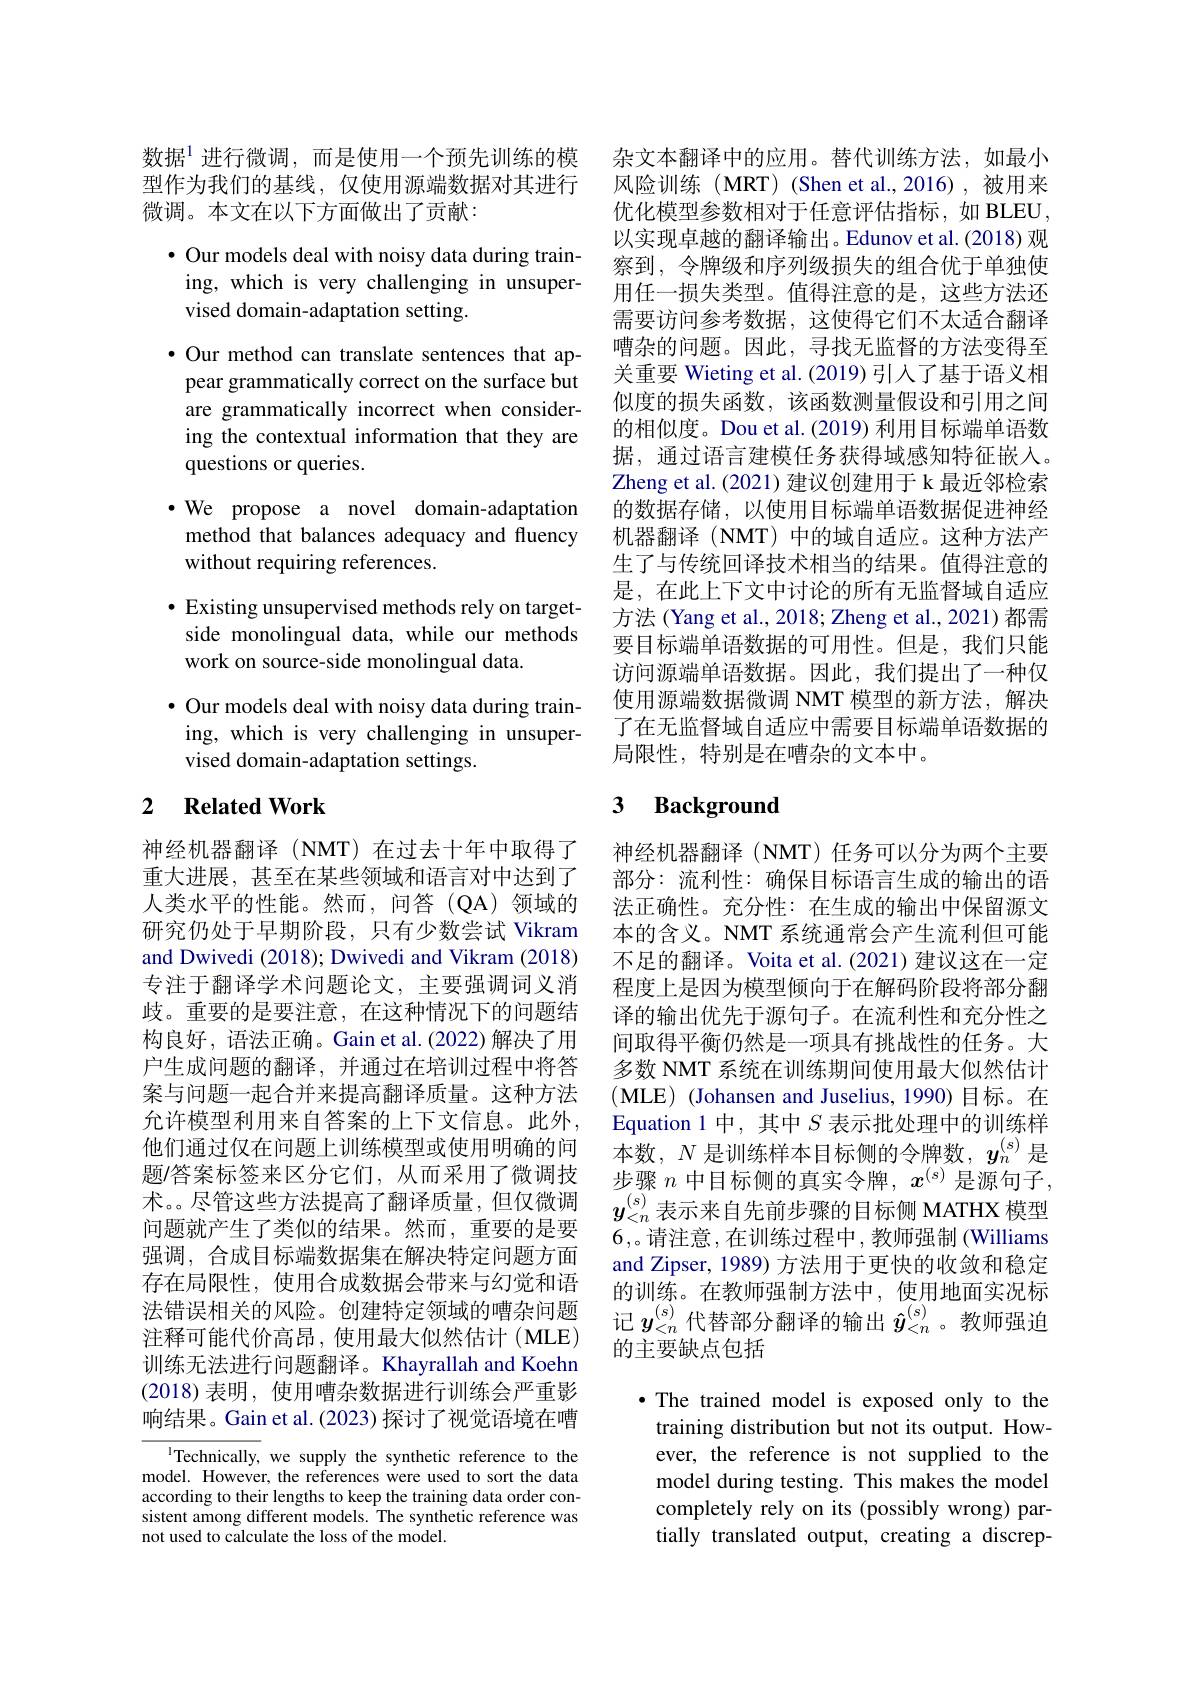
数据$^{1}$进行微调，而是使用一个预先训练的模 杂文本翻译中的应用。替代训练方法，如最小
型作为我们的基线，仅使用源端数据对其进行
微调。本文在以下方面做出了贡献：

$\bullet$ Our models deal with noisy data during training, which is very challenging in unsupervised domain-adaptation setting.

$\bullet$ Our method can translate sentences that appear grammatically correct on the surface but are grammatically incorrect when considering the contextual information that they are questions or queries.
·We propose a novel domain-adaptation
method that balances adequacy and fluency
without requiring references
$\bullet$ Existing unsupervised methods rely on target-
side monolingual data, while our methods
work on source-side monolingual data.
$\bullet$ Our models deal with noisy data during train-
ing, which is very challenging in unsuper-
vised domain-adaptation settings.

### 2 $\textbf{Related Work}$

神经机器翻译 (NMT)在过去十年中取得了重大进展，甚至在某些领域和语言对中达到了人类水平的性能。然而，问答(QA)领域的研究仍处于早期阶段，只有少数尝试 Vikram and Dwivedi (2018); Dwivedi and Vikram (2018) 专注于翻译学术问题论文，主要强调词义消歧。重要的是要注意，在这种情况下的问题结构良好，语法正确。Gain et al.(2022) 解决了用户生成问题的翻译，并通过在培训过程中将答案与问题一起合并来提高翻译质量。这种方法允许模型利用来自答案的上下文信息。此外， 他们通过仅在问题上训练模型或使用明确的问题/答案标签来区分它们，从而采用了微调技术。。尽管这些方法提高了翻译质量，但仅微调问题就产生了类似的结果。然而，重要的是要强调，合成目标端数据集在解决特定问题方面存在局限性，使用合成数据会带来与幻觉和语法错误相关的风险。创建特定领域的嘈杂问题注释可能代价高昂，使用最大似然估计(MLE) 训练无法进行问题翻译。Khayrallah and Koehn (2018)表明，使用嘈杂数据进行训练会严重影响结果。Gain et al.(2023) 探讨了视觉语境在嘈

ITechnically, we supply the synthetic reference to the model. However, the references were used to sort the data according to their lengths to keep the training data order consistent among different models. The synthetic reference was not used to calculate the loss of the model.

风险训练(MRT)(Shen et al.,2016),被用来优化模型参数相对于任意评估指标，如 BLEU 以实现卓越的翻译输出。Edunov et al.(2018)观察到，令牌级和序列级损失的组合优于单独使用任一损失类型。值得注意的是，这些方法还需要访问参考数据，这使得它们不太适合翻译嘈杂的问题。因此，寻找无监督的方法变得至关重要 Wieting et al. (2019) 引人了基于语义相似度的损失函数，该函数测量假设和引用之间的相似度。Dou et al.(2019) 利用目标端单语数据，通过语言建模任务获得域感知特征嵌入。Zheng et al. (2021) 建议创建用于 k 最近邻检索的数据存储，以使用目标端单语数据促进神经机器翻译 (NMT) 中的域自适应。这种方法产生了与传统回译技术相当的结果。值得注意的是，在此上下文中讨论的所有无监督域自适应方法 (Yang et al., 2018; Zheng et al., 2021) 都需要目标端单语数据的可用性。但是，我们只能访问源端单语数据。因此，我们提出了一种仅使用源端数据微调 NMT 模型的新方法，解决了在无监督域自适应中需要目标端单语数据的局限性，特别是在嘈杂的文本中。

## 3 $\textbf{Background}$

神经机器翻译 (NMT) 任务可以分为两个主要部分：流利性：确保目标语言生成的输出的语法正确性。充分性：在生成的输出中保留源文本的含义。NMT 系统通常会产生流利但可能不足的翻译。Voita et al.(2021) 建议这在一定程度上是因为模型倾向于在解码阶段将部分翻译的输出优先于源句子。在流利性和充分性之间取得平衡仍然是一项具有挑战性的任务。大多数 NMT 系统在训练期间使用最大似然估计(MLE) (Johansen and Juselius, 1990) 目标。在Equation 1 中，其中$S$表示批处理中的训练样本数，$N$是训练样本目标侧的令牌数，$y_n^{(\mathrm{s})}$是步骤$n$中目标侧的真实令牌，$x^(s)$是源句子， $y_{<n}^{(s)}$表示来自先前步骤的目标侧 MATHX 模型6,。请注意，在训练过程中，教师强制 (Williams and Zipser, 1989) 方法用于更快的收敛和稳定的训练。在教师强制方法中，使用地面实况标记$y_{<n}^{(s)}$代替部分翻译的输出$\hat{y}_{<n}^{(s)}$ 。教师强迫的主要缺点包括

$\bullet$ The trained model is exposed only to the training distribution but not its output. However, the reference is not supplied to the model during testing. This makes the model completely rely on its (possibly wrong) partially translated output, creating a discrep-